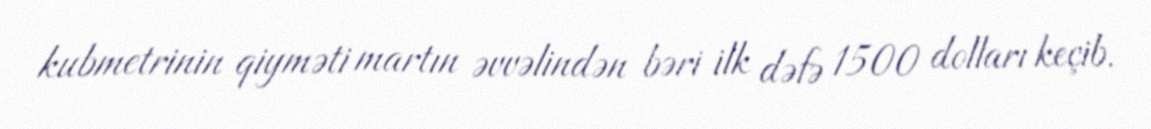
kubmetrinin qiyməti martın əvvəlindən bəri ilk dəfə 1500 dolları keçib.